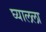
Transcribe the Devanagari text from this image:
घ्यालला